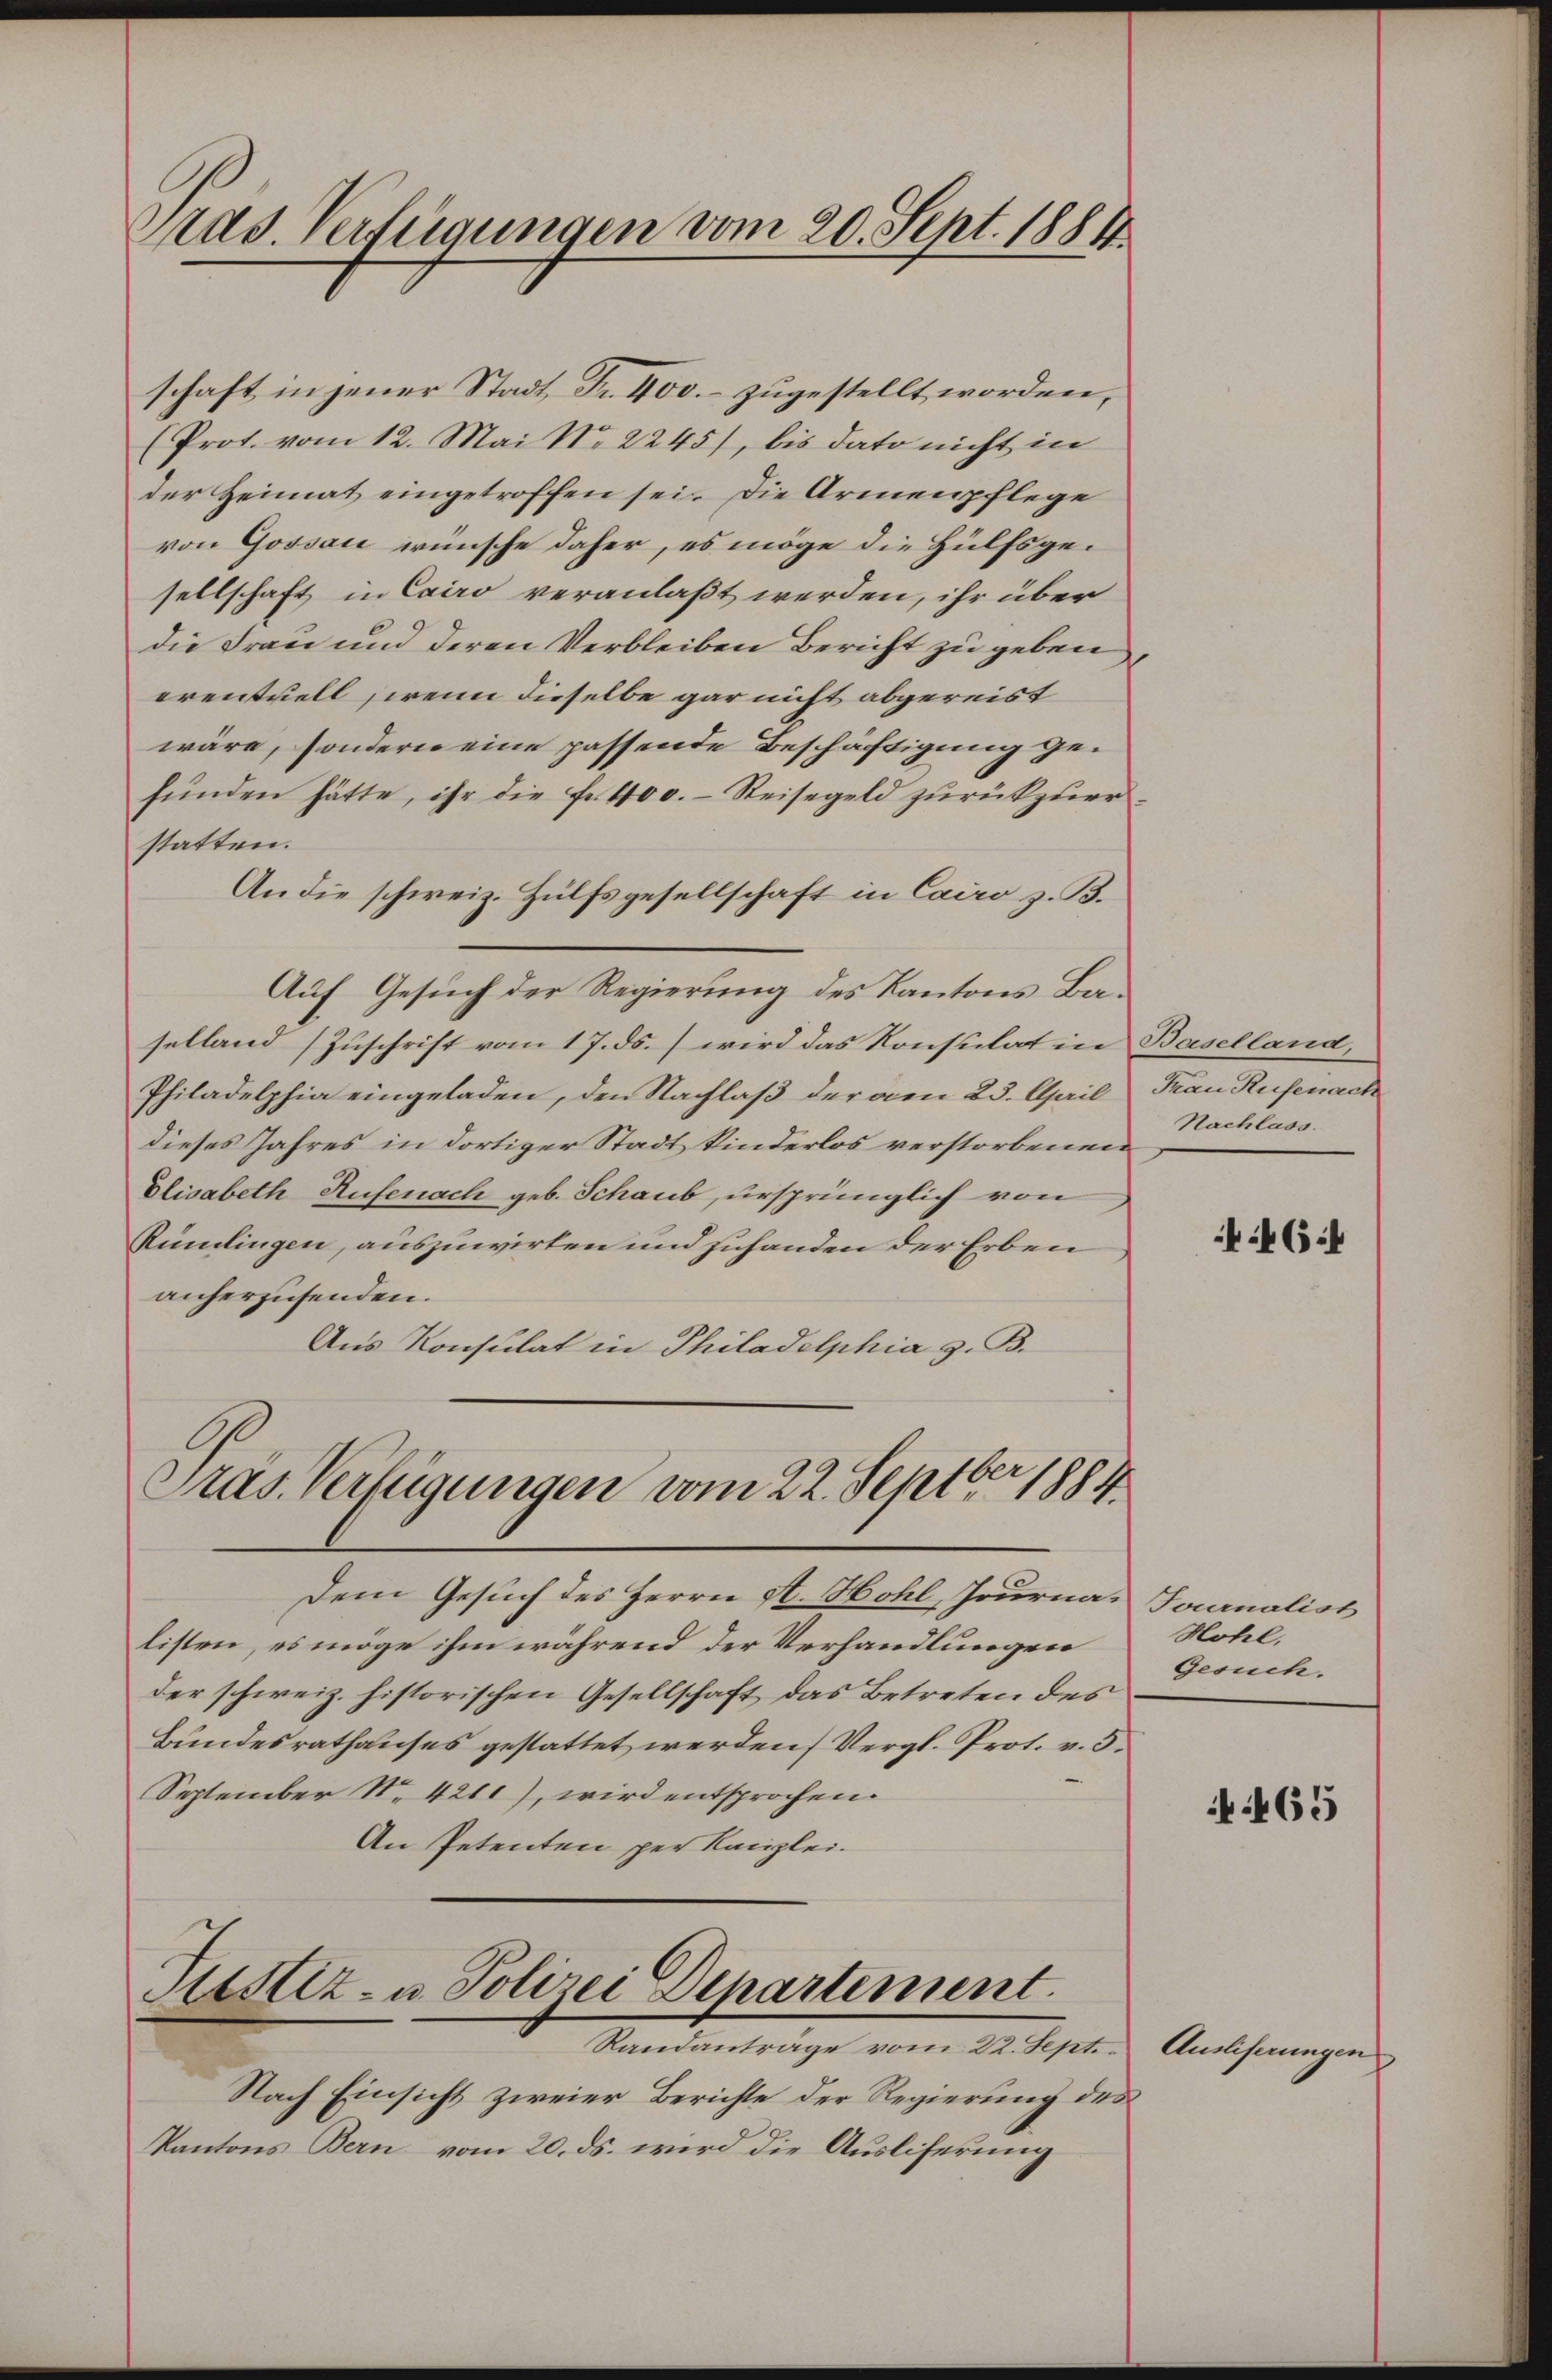
Pras. Verfügungen vom 20. Sept. 1884

schaft in jener Stadt, Fr. 400.- zugestellt worden,
(Prot. vom 12. Mai No 2245), bis dato nicht in
der Heimat eingetroffen sei. Die Armenpflege
von Gossau wünsche daher, es möge die Hülfsgesellschaft in Cairo veranlaßt werden, ihr über
die Frau und deren Verbleiben Bericht zu geben,
erentuell, wenn dieselbe gar nicht abgereist
wäre, sondern eine passende Beschäftigung gefŭnden hätte, ihr die fr. 400.- Reisegeld zŭrückzuer-
statten.
An die schweiz. Hülfsgesellschaft in Cairo z. B.
Auf Gesuch der Regierung des Kantons Baselland (Zuschrift vom 17. ds. wird das Konsulat in Baselland,
Philadelphia eingeladen, den Nachlaß der am 23. April Frau Rufenach
dieses Jahres in dortiger Stadt kinderlos verstorbenen
Elisabeth Rufenach geb. Schaub, ursprünglich von
Rümlingen, auszuwirten und zuhanden der Erben
anherzusenden.
Aus Konsulat in Philadelphia z. B.

Pras. Verfügungen vom 22. Septbr. 1884

Dem Gesuch des Herrn A. Hohl, Journa, Journalist
listen, es möge ihm während der Verhandlungen
der schweiz. historischen Gesellschaft das Betreten des
Bundesrathauses gestattet werden Vergl. Prot. v. 3.
September N. 4211), wird entsprochen.
An Petenten per Kanzlei.

Justiz- u Polizei Departement.

Nach Einsicht zweier Berichte der Regierŭng des
Kantons Bern vom 20. ds. wird die Ausliferung

Randanträge vom 22. Sept. Ausliferungen

Nachlass.

G:

Hohl,
Gesuch.

65